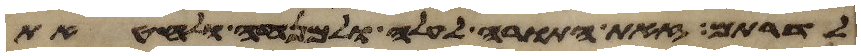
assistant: לדרותם זאת התורה לעלה ולמנחה ולחטאת